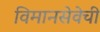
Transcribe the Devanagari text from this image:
विमानसेवेची